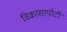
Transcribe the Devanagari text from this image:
विकासापोटी